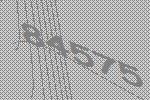
84575